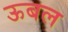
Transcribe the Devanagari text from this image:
ऊबल